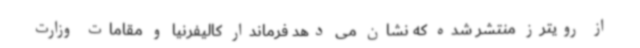
از رویترز منتشر شده که نشان می دهد فرماندار کالیفرنیا و مقامات وزارت